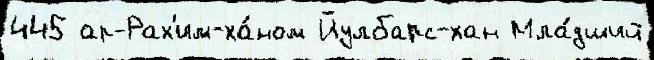
445 ар-Рах'им-ха́ном Йулбарс-хан Мла́дший